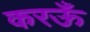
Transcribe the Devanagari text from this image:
करऊँ